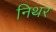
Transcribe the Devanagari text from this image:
निथर